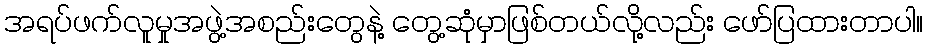
အရပ်ဖက်လူမှုအဖွဲ့အစည်းတွေနဲ့ တွေ့ဆုံမှာဖြစ်တယ်လို့လည်း ဖော်ပြထားတာပါ။